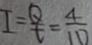
I = \frac { Q } { t } = \frac { 4 } { 1 0 }